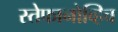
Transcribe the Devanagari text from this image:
स्तेफानोव्हिच